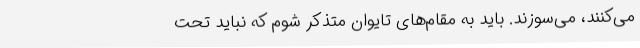
می‌کنند، می‌سوزند. باید به مقام‌های تایوان متذکر شوم که نباید تحت